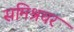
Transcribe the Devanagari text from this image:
समिश्रचर